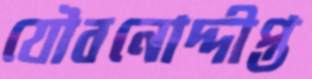
যৌবনোদ্দীপ্ত